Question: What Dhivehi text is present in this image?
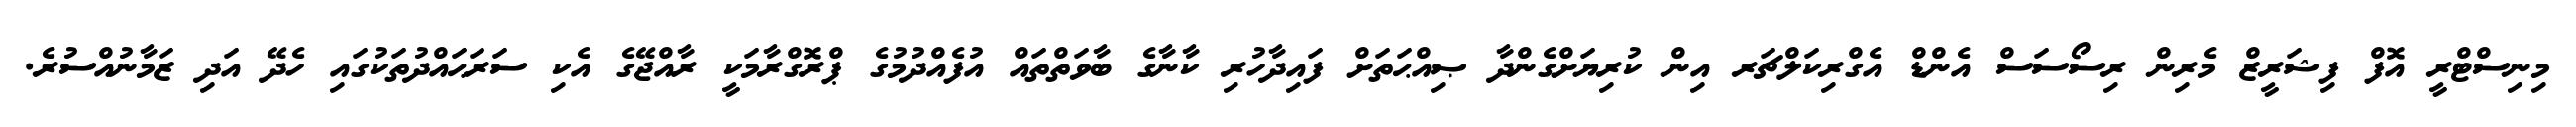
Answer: މިނިސްޓްރީ އޮފް ފިޝަރީޒް މެރިން ރިސޯސަސް އެންޑް އެގްރިކަލްޗަރ އިން ކުރިޔަށްގެންދާ ޞިއްޙަތަށް ފައިދާހުރި ކާނާގެ ބާވަތްތައް އުފެއްދުމުގެ ޕްރޮގްރާމަކީ ރާއްޖޭގެ އެކި ސަރަޙައްދުތަކުގައި ހެދޭ އަދި ޒަމާނުއްސުރެ.